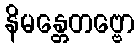
နိမန္တေတဗ္ဗော